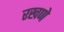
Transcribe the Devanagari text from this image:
रखणे